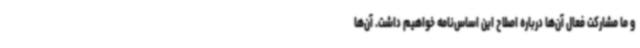
و ما مشارکت فعال آن‌ها درباره اصلاح این اساس‌نامه خواهیم داشت. آن‌ها